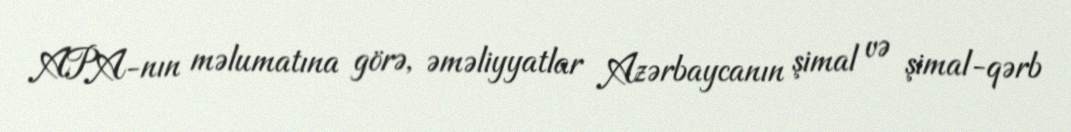
APA-nın məlumatına görə, əməliyyatlar Azərbaycanın şimal və şimal-qərb